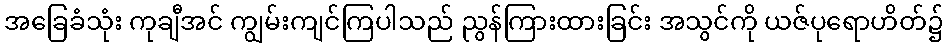
အခြေခံသုံး ကုချီအင် ကျွမ်းကျင်ကြပါသည် ညွန်ကြားထားခြင်း အသွင်ကို ယဇ်ပုရောဟိတ်၌